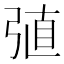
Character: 𢏶